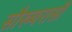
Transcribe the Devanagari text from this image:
सौख्यरासी